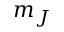
m _ { J }